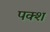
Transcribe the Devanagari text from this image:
पक्श